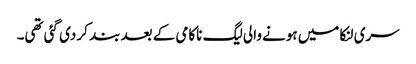
سری لنکا میں ہونے والی لیگ ناکامی کے بعد بند کر دی گئی تھی۔